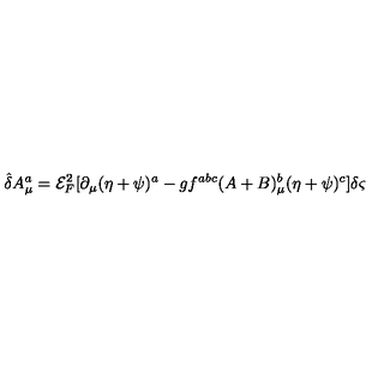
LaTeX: { \hat { \delta } } A _ { \mu } ^ { a } = { \mathcal { E } } _ { F } ^ { 2 } [ \partial _ { \mu } ( \eta + \psi ) ^ { a } - g f ^ { a b c } ( A + B ) _ { \mu } ^ { b } ( \eta + \psi ) ^ { c } ] \delta \varsigma